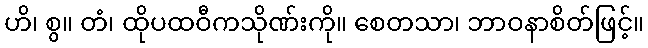
ဟိ၊ စွ။ တံ၊ ထိုပထဝီကသိုဏ်းကို။ စေတသာ၊ ဘာဝနာစိတ်ဖြင့်။